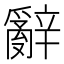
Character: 辭